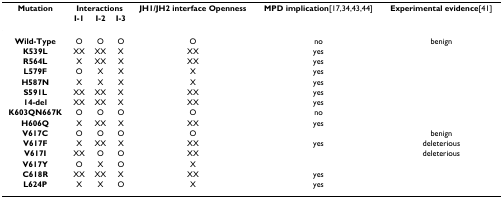
| Mutation | <COLSPAN=3> Interactions | JH1/JH2 interface Openness | MPD implication[17,34,43,44] | Experimental evidence[41] |
 |  | I-1 | I-2 | I-3 |  |  |  |
 | --- | --- | --- | --- | --- | --- | --- |
 | Wild-Type | O | O | O | O | no | benign |
 | K539L | XX | XX | X | XX | yes |  |
 | R564L | X | XX | X | XX | yes |  |
 | L579F | O | X | X | X | yes |  |
 | H587N | X | X | X | X | yes |  |
 | S591L | XX | XX | X | XX | yes |  |
 | 14-del | XX | XX | X | XX | yes |  |
 | K603QN667K | O | O | O | O | no |  |
 | H606Q | X | XX | X | XX | yes |  |
 | V617C | O | O | O | O |  | benign |
 | V617F | X | XX | X | XX | yes | deleterious |
 | V617I | XX | O | O | XX |  | deleterious |
 | V617Y | O | X | O | X |  |  |
 | C618R | XX | XX | X | XX | yes |  |
 | L624P | X | X | O | X | yes |  |